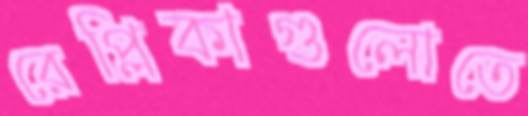
রেপ্লিকাগুলোতে